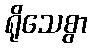
ရိုသေစွာ